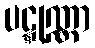
ပဋ္ဋုဏ္ဏာ